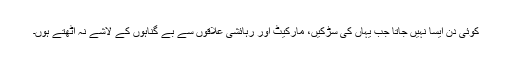
کوئی دن ایسا نہیں جاتا جب یہاں کی سڑکیں، مارکیٹ اور رہائشی علاقوں سے بے گناہوں کے لاشے نہ اُٹھتے ہوں۔